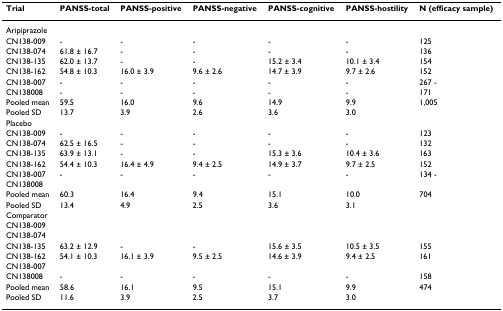
<table><thead><tr><td><b>Trial</b></td><td><b>PANSS-total</b></td><td><b>PANSS-positive</b></td><td><b>PANSS-negative</b></td><td><b>PANSS-cognitive</b></td><td><b>PANSS-hostility</b></td><td><b>N (efficacy sample)</b></td></tr></thead><tbody><tr><td colspan="7">Aripiprazole</td></tr><tr><td>CN138-009</td><td>-</td><td>-</td><td>-</td><td>-</td><td>-</td><td>125</td></tr><tr><td>CN138-074</td><td>61.8 ± 16.7</td><td>-</td><td>-</td><td>-</td><td>-</td><td>136</td></tr><tr><td>CN138-135</td><td>62.0 ± 13.7</td><td>-</td><td>-</td><td>15.2 ± 3.4</td><td>10.1 ± 3.4</td><td>154</td></tr><tr><td>CN138-162</td><td>54.8 ± 10.3</td><td>16.0 ± 3.9</td><td>9.6 ± 2.6</td><td>14.7 ± 3.9</td><td>9.7 ± 2.6</td><td>152</td></tr><tr><td>CN138-007</td><td>-</td><td>-</td><td>-</td><td>-</td><td>-</td><td>267 -</td></tr><tr><td>CN138008</td><td>-</td><td>-</td><td>-</td><td>-</td><td>-</td><td>171</td></tr><tr><td>Pooled mean</td><td>59.5</td><td>16.0</td><td>9.6</td><td>14.9</td><td>9.9</td><td>1,005</td></tr><tr><td>Pooled SD</td><td>13.7</td><td>3.9</td><td>2.6</td><td>3.6</td><td>3.0</td><td></td></tr><tr><td colspan="7">Placebo</td></tr><tr><td>CN138-009</td><td>-</td><td>-</td><td>-</td><td>-</td><td>-</td><td>123</td></tr><tr><td>CN138-074</td><td>62.5 ± 16.5</td><td>-</td><td>-</td><td>-</td><td>-</td><td>132</td></tr><tr><td>CN138-135</td><td>63.9 ± 13.1</td><td>-</td><td>-</td><td>15.3 ± 3.6</td><td>10.4 ± 3.6</td><td>163</td></tr><tr><td>CN138-162</td><td>54.4 ± 10.3</td><td>16.4 ± 4.9</td><td>9.4 ± 2.5</td><td>14.9 ± 3.7</td><td>9.7 ± 2.5</td><td>152</td></tr><tr><td>CN138-007</td><td>-</td><td>-</td><td>-</td><td>-</td><td>-</td><td>134 -</td></tr><tr><td>CN138008</td><td></td><td></td><td></td><td></td><td></td><td></td></tr><tr><td>Pooled mean</td><td>60.3</td><td>16.4</td><td>9.4</td><td>15.1</td><td>10.0</td><td>704</td></tr><tr><td>Pooled SD</td><td>13.4</td><td>4.9</td><td>2.5</td><td>3.6</td><td>3.1</td><td></td></tr><tr><td colspan="7">Comparator</td></tr><tr><td>CN138-009</td><td></td><td></td><td></td><td></td><td></td><td></td></tr><tr><td>CN138-074</td><td></td><td></td><td></td><td></td><td></td><td></td></tr><tr><td>CN138-135</td><td>63.2 ± 12.9</td><td>-</td><td>-</td><td>15.6 ± 3.5</td><td>10.5 ± 3.5</td><td>155</td></tr><tr><td>CN138-162</td><td>54.1 ± 10.3</td><td>16.1 ± 3.9</td><td>9.5 ± 2.5</td><td>14.6 ± 3.9</td><td>9.4 ± 2.5</td><td>161</td></tr><tr><td>CN138-007</td><td></td><td></td><td></td><td></td><td></td><td></td></tr><tr><td>CN138008</td><td>-</td><td>-</td><td>-</td><td>-</td><td>-</td><td>158</td></tr><tr><td>Pooled mean</td><td>58.6</td><td>16.1</td><td>9.5</td><td>15.1</td><td>9.9</td><td>474</td></tr><tr><td>Pooled SD</td><td>11.6</td><td>3.9</td><td>2.5</td><td>3.7</td><td>3.0</td><td></td></tr></tbody></table>